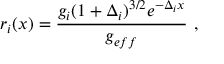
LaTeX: r _ { i } ( x ) = \frac { g _ { i } ( 1 + \Delta _ { i } ) ^ { 3 / 2 } e ^ { - \Delta _ { i } x } } { g _ { e f f } } ~ ,